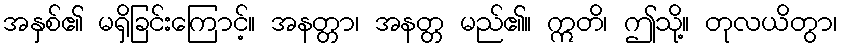
အနှစ်၏ မရှိခြင်းကြောင့်။ အနတ္တာ၊ အနတ္တ မည်၏။ ဣတိ၊ ဤသို့။ တုလယိတွာ၊